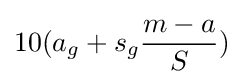
10(a_{g}+s_{g}{\frac {m-a}{S}})